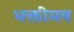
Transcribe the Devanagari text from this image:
भक्तीमय